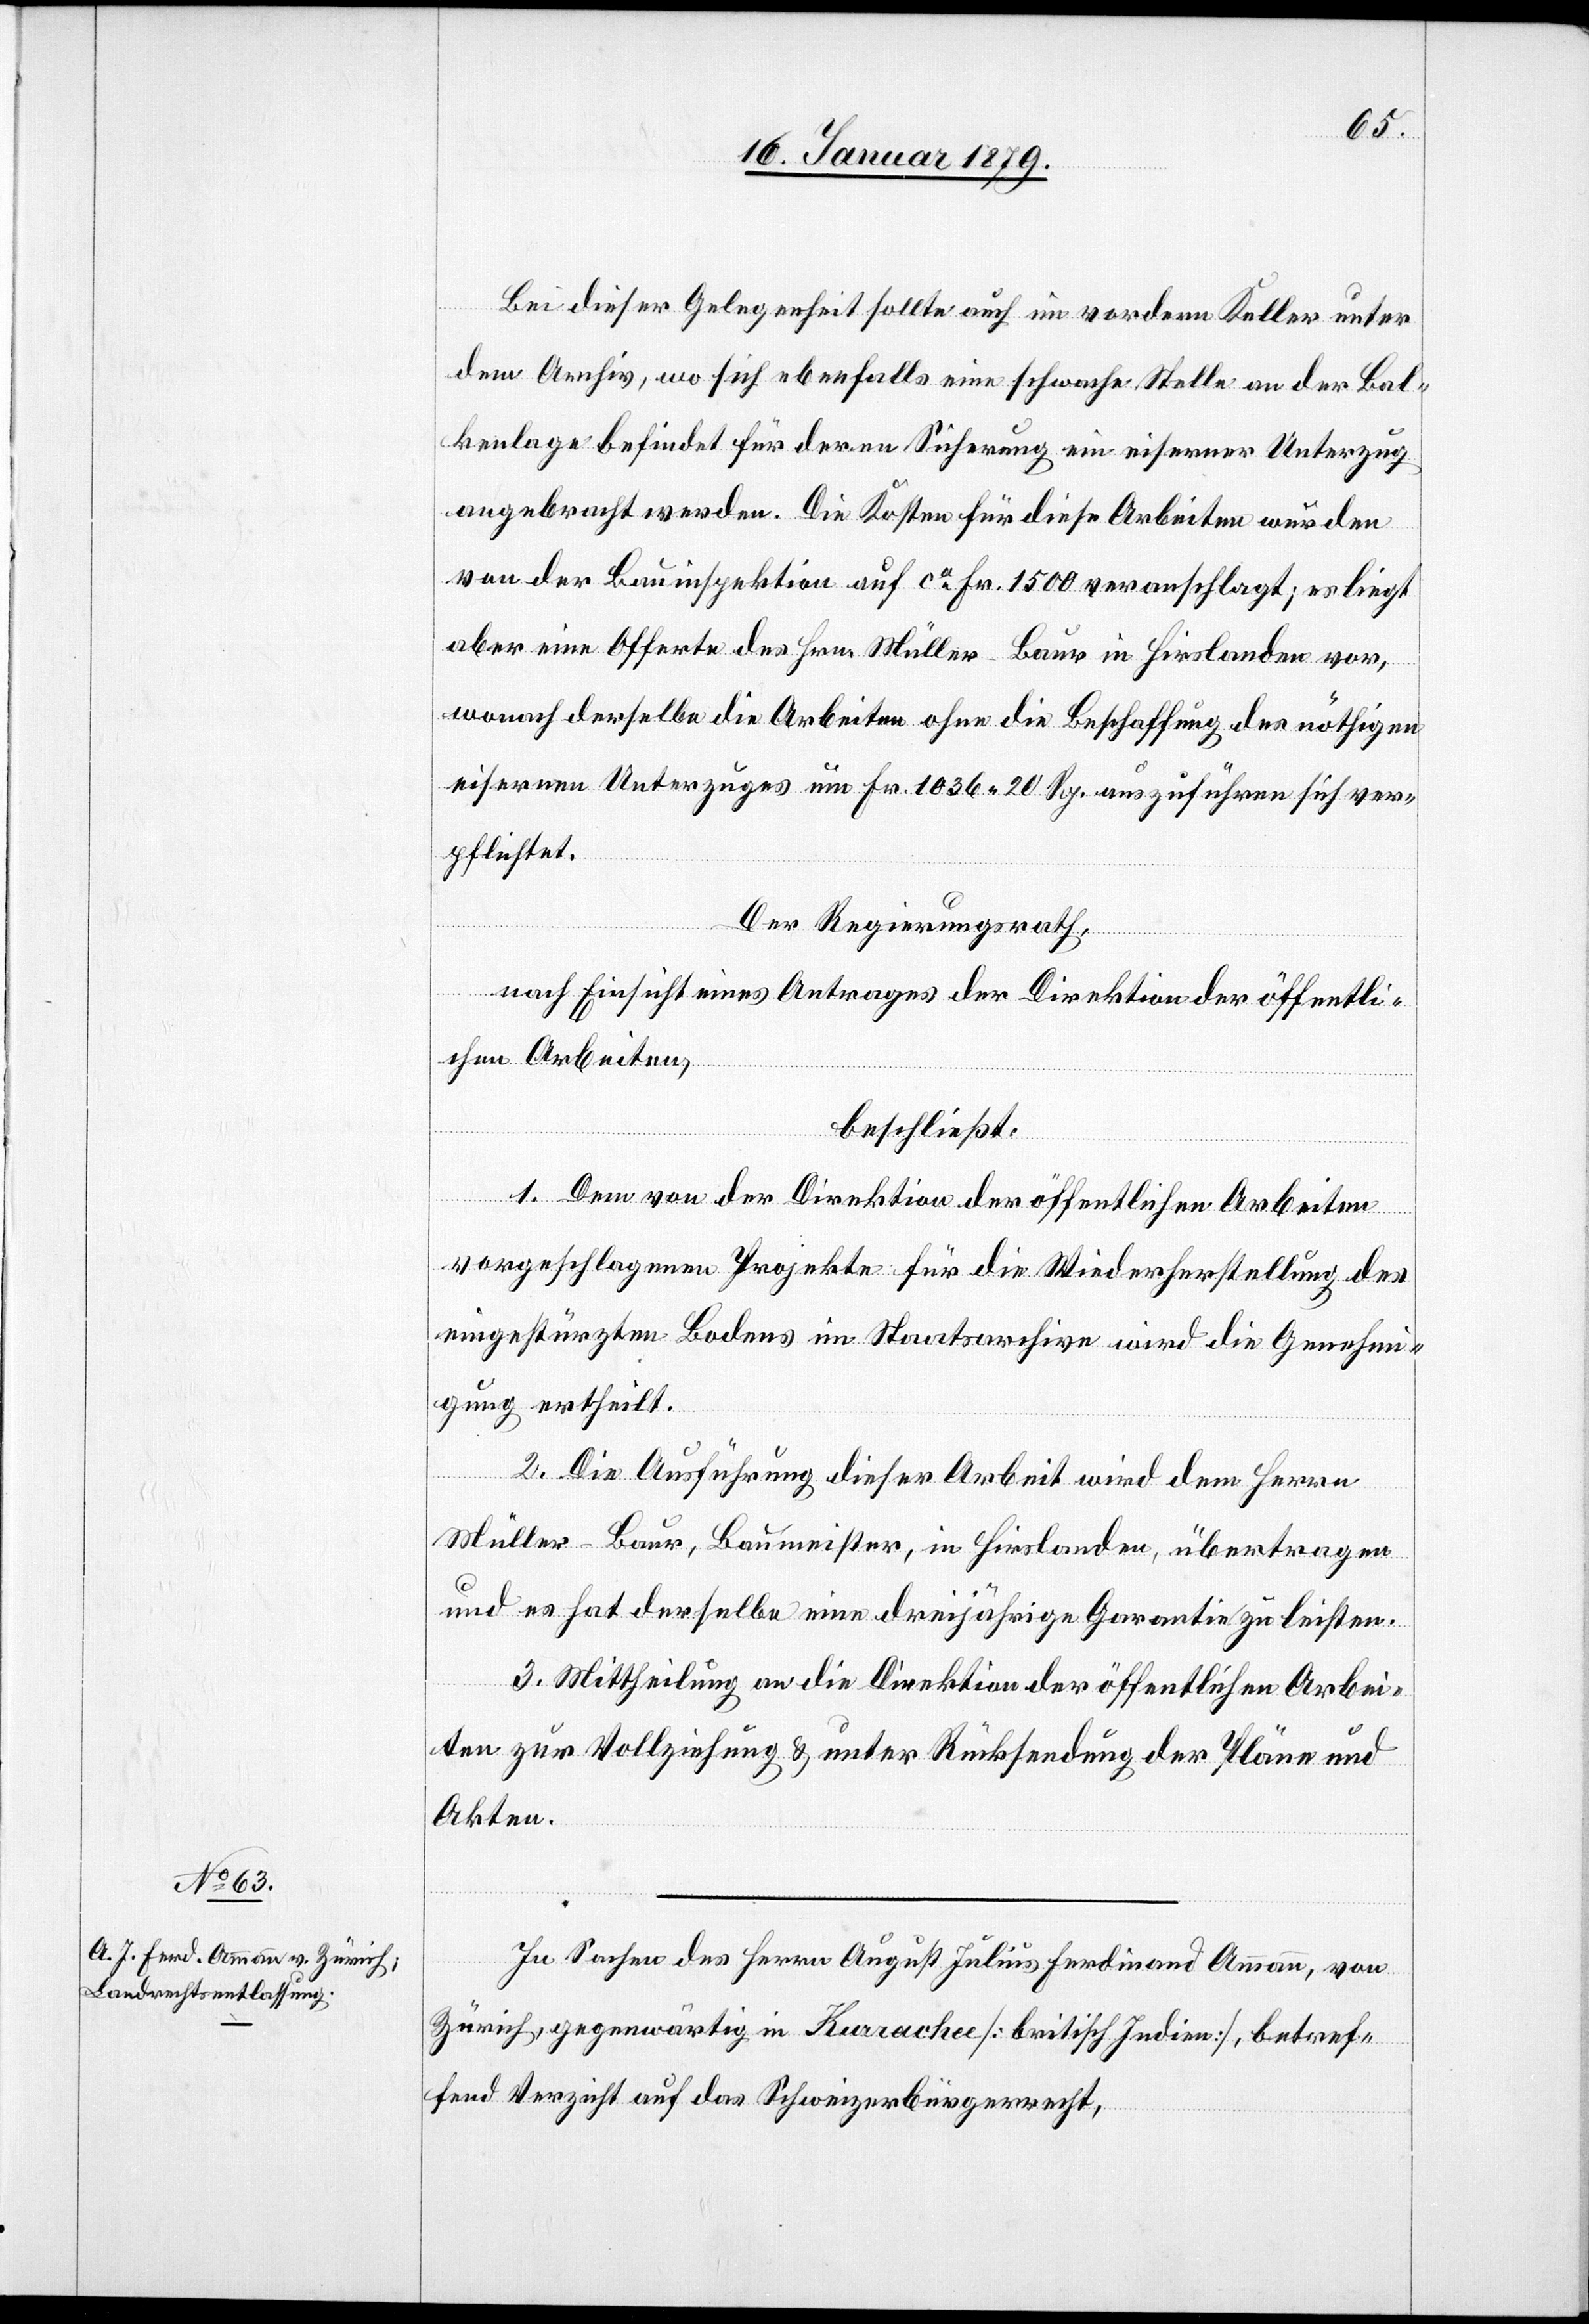
Bei dieser Gelegenheit sollte auch im vordern Keller unter
dem Archiv, wo sich ebenfalls eine schwache Stelle an der Bal¬
kenlage befindet für deren Sicherung ein eiserner Unterzug
angebracht werden. Die Kosten für diese Arbeiten wurden
von der Bauinspektion auf ca Fr. 1500 veranschlagt; es liegt
aber eine Offerte des Hrn. Müller-Baur in Hirslanden vor,
wonach derselbe die Arbeiten ohne die Beschaffung des nöthigen
eisernen Unterzuges um Fr. 1036 20 Rp. auszuführen sich ver¬
pflichtet.
Der Regierungsrath,
nach Einsicht eines Antrages der Direktion der öffentli¬
chen Arbeiten,
beschließt:
1. Dem von der Direktion der öffentlichen Arbeiten
vorgeschlagenen Projekte für die Wiederherstellung des
eingestürzten Bodens im Staatsarchive wird die Genehmi¬
gung ertheilt.
2. Die Ausführung dieser Arbeit wird dem Herrn
Müller-Baur, Baumeister, in Hirslanden, übertragen
und es hat derselbe eine dreijährige Garantie zu leisten.
3. Mittheilung an die Direktion der öffentlichen Arbei¬
ten zur Vollziehung & unter Rücksendung der Pläne und
Akten.
In Sachen des Herrn August Julius Ferdinand Ammann, von
Zürich, gegenwärtig in Kurrachee [britisch Indien], betref¬
fend Verzicht auf das Schweizerbürgerrecht,